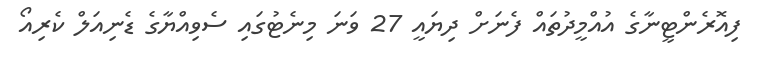
ފިއޮރެންޓީނާގެ އުއްމީދުތައް ފެނަށް ދިޔައީ 27 ވަަނަ މިނެޓުގައި ސެވިއްޔާގެ ޑެނިއަލް ކެރިއޯ